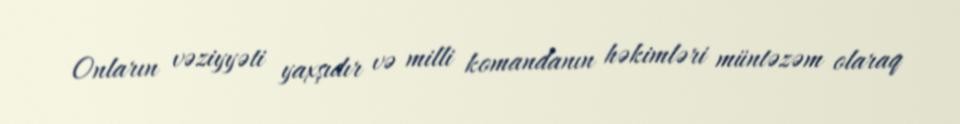
Onların vəziyyəti yaxşıdır və milli komandanın həkimləri müntəzəm olaraq